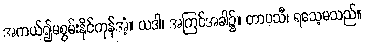
အကယ်၍မစွမ်းနိုင်ကုန်အံ့။ ယဒါ၊ အကြင်အခါ၌။ တာပသီ၊ ရသေ့မသည်။